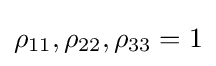
\rho _{11},\rho _{22},\rho _{33}=1